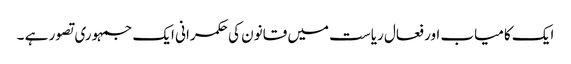
ایک کامیاب اور فعال ریاست میں قانون کی حکمرانی ایک جمہوری تصور ہے ۔